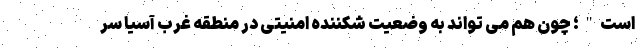
است"؛ چون هم می تواند به وضعیت شکننده امنیتی در منطقه غرب آسیا سر